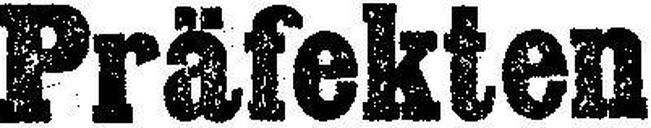
Präfekten